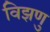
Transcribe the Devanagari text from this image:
विझणु